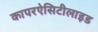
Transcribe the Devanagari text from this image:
कापरऐसिटीलाइड